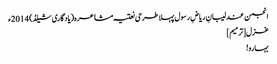
انجمن عندلیبانِ ریاضِ رسول پہلا طرحی نعتیہ مشاعرہ(یادگاری شیلڈ) 2014ء
غزل[ترمیم]
بہارو!